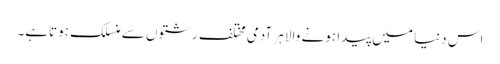
اس دنیا میں پیدا ہونے والا ہر آدمی مختلف رشتوں سے منسلک ہوتاہے۔